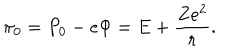
LaTeX: \pi _ { 0 } = P _ { 0 } - e \Phi = E + \frac { Z e ^ { 2 } } { r } .